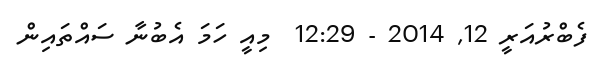
ފެބްރުއަރީ 12